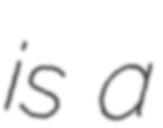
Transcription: is a